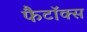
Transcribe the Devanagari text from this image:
फैटॉक्स